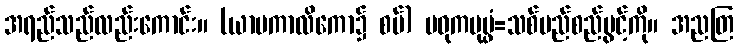
အရည်သည်လည်းကောင်း။ (ယာမကာလိကော၌ စပ်) မဓုကပုပ္ဖံ=သစ်မည်စည်ပွင့်ကို။ အညတြ